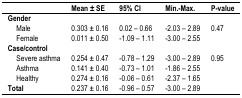
|  | Mean ± SE | 95% CI | Min.–Max. | P-value |
 | --- | --- | --- | --- | --- |
 | Gender |  |  |  |  |
 | Male | 0.303 ± 0.16 | 0.02 – 0.66 | −2.03 – 2.89 | 0.47 |
 | Female | 0.011 ± 0.50 | −1.09 – 1.11 | −3.00 – 2.55 |  |
 | Case/control |  |  |  |  |
 | Severe asthma | 0.254 ± 0.47 | −0.78 – 1.29 | −3.00 – 2.89 | 0.95 |
 | Asthma | 0.141 ± 0.40 | −0.73 – 1.01 | −1.86 – 2.55 |  |
 | Healthy | 0.274 ± 0.16 | −0.06 – 0.61 | −2.37 – 1.65 |  |
 | Total | 0.237 ± 0.16 | −0.96 – 0.57 | −3.00 – 2.89 |  |